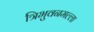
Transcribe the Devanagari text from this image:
त्रिभुवनमल्‍ला